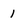
Character: l